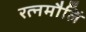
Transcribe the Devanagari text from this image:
रत्नमौलिं